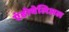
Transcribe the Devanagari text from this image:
एंडोथेलिअल